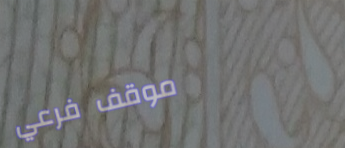
موقف فرعي